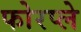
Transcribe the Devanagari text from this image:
फोरप्ले